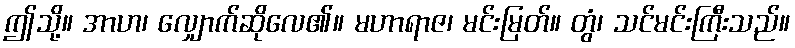
ဤသို့။ အာဟ၊ လျှောက်ဆိုလေ၏။ မဟာရာဇ၊ မင်းမြတ်။ တွံ၊ သင်မင်းကြီးသည်။